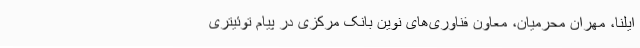
ایلنا، مهران محرمیان، معاون فناوری‌های نوین بانک مرکزی در پیام توئیتری